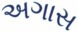
અગાસ